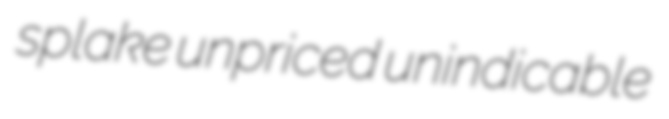
splake unpriced unindicable